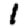
Digit: 1